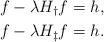
LaTeX: \begin{align*}f - \lambda H_\dagger f & = h, \\f - \lambda H_\ddagger f & = h. \end{align*}